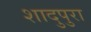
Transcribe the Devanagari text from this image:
शादुपुरा